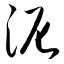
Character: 泥